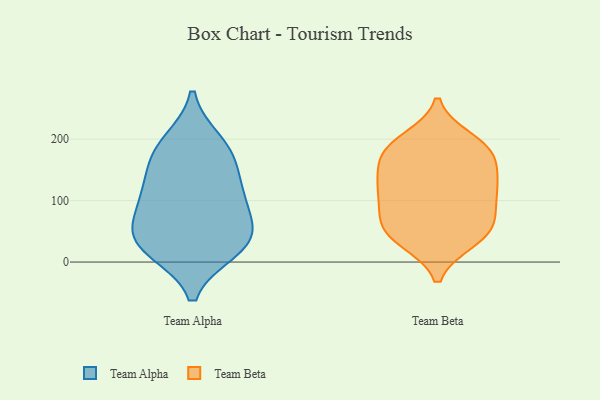
{"axis": {"x": "Market Share (%)", "y": "Value"}, "legend": ["Team Alpha", "Team Beta"], "data": [{"x": "", "y": 26, "type": "Team Alpha"}, {"x": "", "y": 194, "type": "Team Alpha"}, {"x": "", "y": 21, "type": "Team Alpha"}, {"x": "", "y": 50, "type": "Team Alpha"}, {"x": "", "y": 111, "type": "Team Alpha"}, {"x": "", "y": 171, "type": "Team Alpha"}, {"x": "", "y": 112, "type": "Team Alpha"}, {"x": "", "y": 34, "type": "Team Alpha"}, {"x": "", "y": 105, "type": "Team Alpha"}, {"x": "", "y": 52, "type": "Team Alpha"}, {"x": "", "y": 175, "type": "Team Alpha"}, {"x": "", "y": 131, "type": "Team Beta"}, {"x": "", "y": 200, "type": "Team Beta"}, {"x": "", "y": 192, "type": "Team Beta"}, {"x": "", "y": 71, "type": "Team Beta"}, {"x": "", "y": 37, "type": "Team Beta"}, {"x": "", "y": 56, "type": "Team Beta"}, {"x": "", "y": 168, "type": "Team Beta"}, {"x": "", "y": 162, "type": "Team Beta"}, {"x": "", "y": 96, "type": "Team Beta"}, {"x": "", "y": 34, "type": "Team Beta"}, {"x": "", "y": 189, "type": "Team Beta"}, {"x": "", "y": 160, "type": "Team Beta"}, {"x": "", "y": 62, "type": "Team Beta"}, {"x": "", "y": 124, "type": "Team Beta"}, {"x": "", "y": 127, "type": "Team Beta"}, {"x": "", "y": 35, "type": "Team Beta"}, {"x": "", "y": 108, "type": "Team Beta"}, {"x": "", "y": 114, "type": "Team Beta"}, {"x": "", "y": 67, "type": "Team Beta"}, {"x": "", "y": 187, "type": "Team Beta"}]}